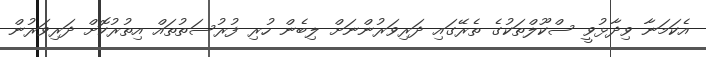
އެކަމަނާ ވިދާޅުވީ ސްކޫލްތަކުގެ ތެރޭގައި ދަރިވަރުންނަށް ލިބެން ހުރި ފުރުސަތުތައް އިތުރުކޮށް ދަރިވަރުން